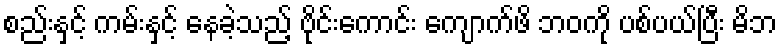
စည်းနှင့် ကမ်းနှင့် နေခဲ့သည့် ဗိုင်းကောင်း ကျောက်ဖိ ဘဝကို ပစ်ပယ်ပြီး မိဘ